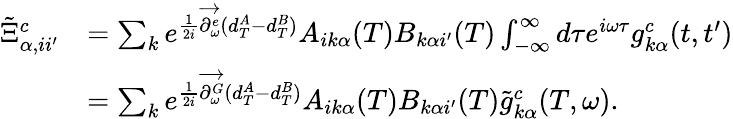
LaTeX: \begin{array}{rl}{\tilde{\Xi}_{\alpha,ii^{\prime}}^{c}}&{=\sum_{k}e^{\frac{1}{2i}\overrightarrow{\partial_{\omega}^{e}}(d_{T}^{A}-d_{T}^{B})}A_{ik\alpha}(T)B_{k\alpha i^{\prime}}(T)\int_{-\infty}^{\infty}d\tau e^{i\omega\tau}g_{k\alpha}^{c}(t,t^{\prime})}\\ &{=\sum_{k}e^{\frac{1}{2i}\overrightarrow{\partial_{\omega}^{G}}(d_{T}^{A}-d_{T}^{B})}A_{ik\alpha}(T)B_{k\alpha i^{\prime}}(T)\tilde{g}_{k\alpha}^{c}(T,\omega).}\end{array}